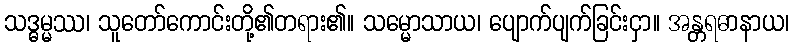
သဒ္ဓမ္မဿ၊ သူတော်ကောင်းတို့၏တရား၏။ သမ္မောသာယ၊ ပျောက်ပျက်ခြင်းငှာ။ အန္တရဓာနာယ၊